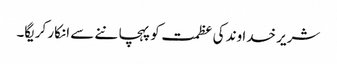
شریر خدا وند کی عظمت کو پہچا ننے سے انکار کریگا۔